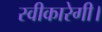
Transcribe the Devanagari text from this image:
स्वीकारेगी।